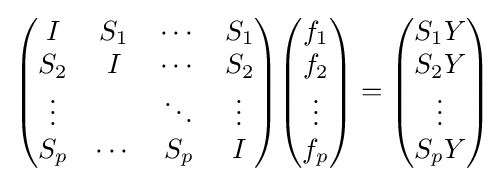
{\begin{pmatrix}I&S_{1}&\cdots &S_{1}\\S_{2}&I&\cdots &S_{2}\\\vdots &&\ddots &\vdots \\S_{p}&\cdots &S_{p}&I\end{pmatrix}}{\begin{pmatrix}f_{1}\\f_{2}\\\vdots \\f_{p}\end{pmatrix}}={\begin{pmatrix}S_{1}Y\\S_{2}Y\\\vdots \\S_{p}Y\end{pmatrix}}